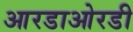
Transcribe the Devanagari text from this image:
आरडाओरडी